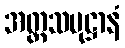
အတ္တသမုဋ္ဌာနံ